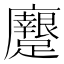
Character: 𨇭